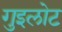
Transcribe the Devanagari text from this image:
गुइलोट